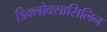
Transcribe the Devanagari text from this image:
डिक्लोक्सासिलिन